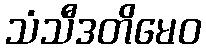
သံသီဒတိမေဝ